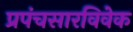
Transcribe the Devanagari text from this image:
प्रपंचसारविवेक